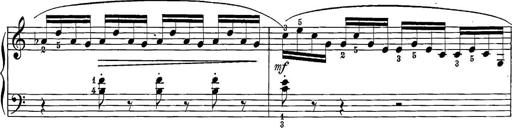
Title: 12 Sonatine per Pianoforte
Composer: Friedrich Kuhlau